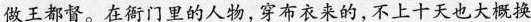
做王都督。在衙门里的人物，穿布衣来的，不上十天也大概换